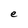
Character: e